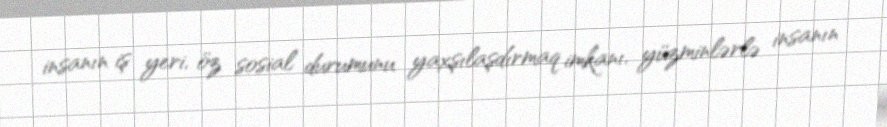
insanın iş yeri, öz sosial durumunu yaxşılaşdırmaq imkanı, yüzminlərlə insanın